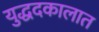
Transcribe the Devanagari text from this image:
युद्धदकालात